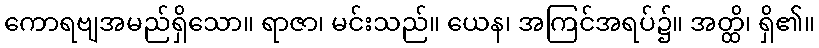
ကောရဗျအမည်ရှိသော။ ရာဇာ၊ မင်းသည်။ ယေန၊ အကြင်အရပ်၌။ အတ္ထိ၊ ရှိ၏။